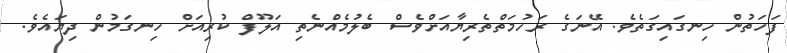
ފަހަތުން ހިނގައިގަތެވެ. އޭނަގެ ރަހުމަތްތެރިޔާއަށްވެސް ބެލުމެެއްނެތި އަލޫފް ކުރިއަށް ހިނގަމުން ދިޔައެވެ.